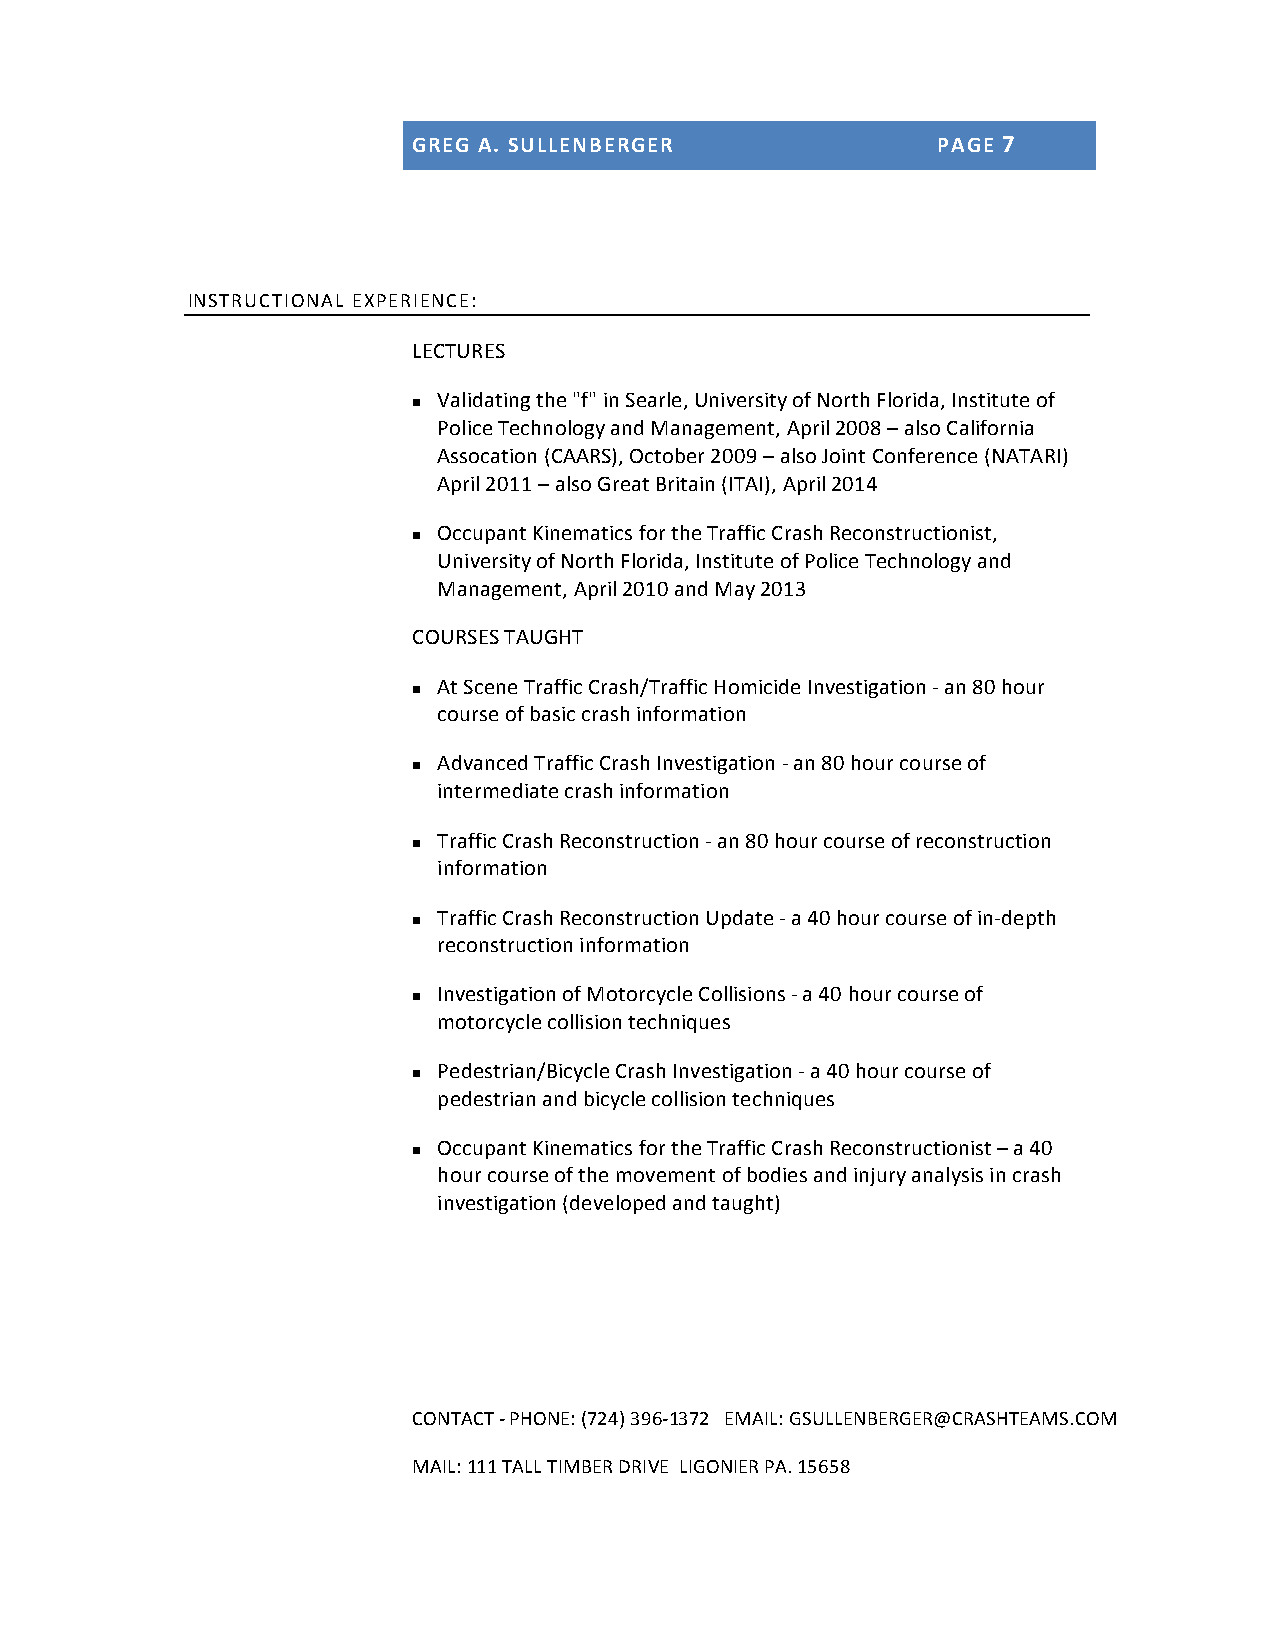
GREG A. SULLENBERGER               PAGE 7
 INSTRUCTIONAL EXPERIENCE:
 LECTURES
 Validating the "f" in Searle, University of North Florida, Institute of
 n
 Police Technology and Management, April 2008 – also California
 Assocation (CAARS), October 2009 – also Joint Conference (NATARI)
 April 2011 – also Great Britain (ITAI), April 2014
 Occupant Kinematics for the Traffic Crash Reconstructionist,
 n
 University of North Florida, Institute of Police Technology and
 Management, April 2010 and May 2013
 COURSES TAUGHT
 At Scene Traffic Crash/Traffic Homicide Investigation -­‐ an 80 hour
 n
 course of basic crash information
 Advanced Traffic Crash Investigation -­‐ an 80 hour course of
 n
 intermediate crash information
 Traffic Crash Reconstruction -­‐ an 80 hour course of reconstruction
 n
 information
 Traffic Crash Reconstruction Update -­‐ a 40 hour course of in-­‐depth
 n
 reconstruction information
 Investigation of Motorcycle Collisions -­‐ a 40 hour course of
 n
 motorcycle collision techniques
 Pedestrian/Bicycle Crash Investigation -­‐ a 40 hour course of
 n
 pedestrian and bicycle collision techniques
 Occupant Kinematics for the Traffic Crash Reconstructionist – a 40
 n
 hour course of the movement of bodies and injury analysis in crash
 investigation (developed and taught)
 CONTACT -­‐ PHONE: (724) 396-­‐1372 EMAIL: GSULLENBERGER@CRASHTEAMS.COM
 MAIL: 111 TALL TIMBER DRIVE LIGONIER PA. 15658